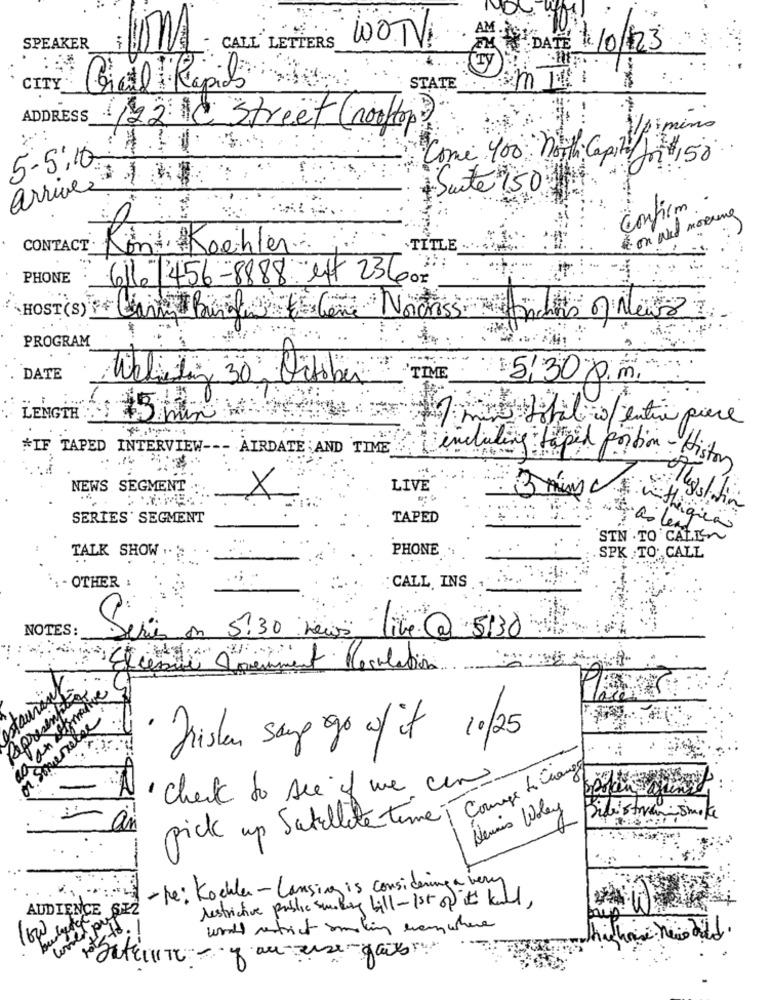
SPEAKER
CALL LETTERS
DATE 10/123
CITY
Cial Rapids
STATE
ADDRESS
122:10 Street (rooftop)
/pmino
Come 400 noth Capital r$1 50
5-5:10-
arrive 1$
Suite 150
Confirm
( on wed morning
CONTACT .
Kon Koehler.
TITLE
PHONE
616 456-8888 et 23602
it
HOST (S) Cary Bung scene Norcross.
PROGRAM
. DATE
Welisting 30 October
TIME
5:30 p.m.
LENGTH
mise Lobil isentin piece
*IF TAPED INTERVIEW ---
AIRDATE AND TIME
Lindaling Lipid portion - Histon
NEWS SEGMENT
LIVE
SERIES' SEGMENT
TAPED
SIN TO CALL~
PHONE
..
TALK SHOW .
. SPK .TO. CALL
- OTHER
CALL INS
NOTES:
eries on 5.30 hours
live @ 5130
Comment Regulation
· fristen say go w/ it 10/25
" check to see if we can.
pick up Satellite time ; course to Change
Hennis Woley
Didistr
- re: Koehler - Lansing is considering a very
restrictive public sundling bill - 1st of its kell,
AUDIENCE SE2
with restrict smoking everywhere
low yield !
bu
"Satteune - au-use-gaix ...